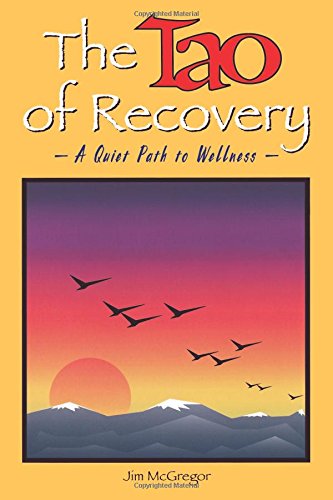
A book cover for The Tao of Recovery: A Quiet Path to Wellness; Jim McGregor; Religion & Spirituality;